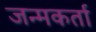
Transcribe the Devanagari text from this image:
जन्मकर्ता